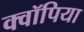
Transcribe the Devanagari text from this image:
क्वॉपिया